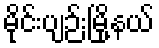
မိုင်းပျဉ်းမြို့နယ်